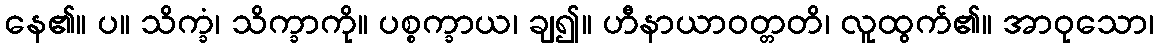
နေ၏။ ပ။ သိက္ခံ၊ သိက္ခာကို။ ပစ္စက္ခာယ၊ ချ၍။ ဟီနာယာဝတ္တတိ၊ လူထွက်၏။ အာဝုသော၊